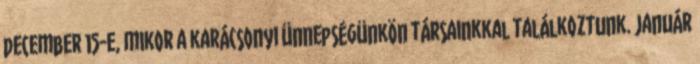
december 15-e, mikor a karácsonyi ünnepségünkön társainkkal találkoztunk. Január